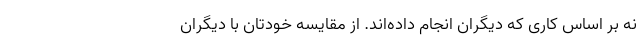
نه بر اساس کاری که دیگران انجام داده‌اند. از مقایسه خودتان با دیگران